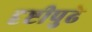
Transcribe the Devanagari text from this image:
दृष्टीपुढे